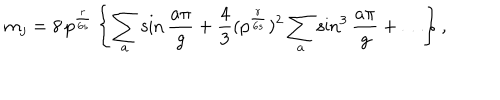
LaTeX: m _ { j } = 8 \, p ^ { \frac { r } { 6 s } } \left\{ \sum _ { a } \sin \frac { a \pi } { g } + \frac { 4 } { 3 } ( p ^ { \frac { r } { 6 s } } ) ^ { 2 } \sum _ { a } \sin ^ { 3 } \frac { a \pi } { g } + \ldots \right\} ,